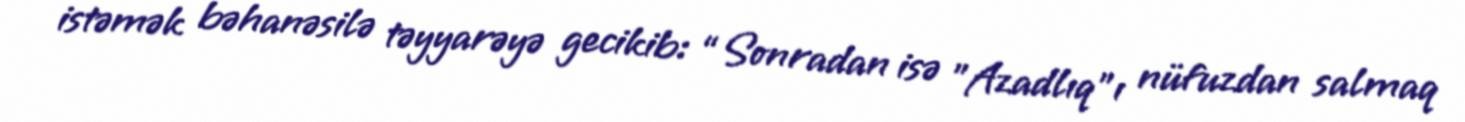
istəmək bəhanəsilə təyyarəyə gecikib: “Sonradan isə "Azadlıq"ı nüfuzdan salmaq